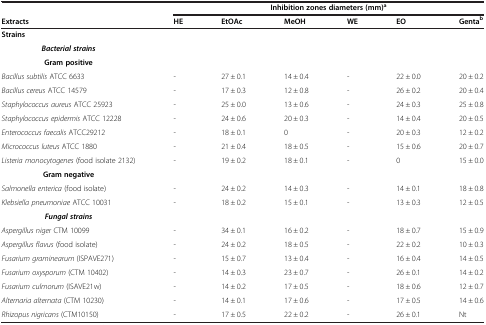
<table><thead><tr><td>[EMPTY_CELL]</td><td colspan="6"><b>Inhibition zones diameters (mm)<sup>a</sup></b></td></tr><tr><td><b>Extracts</b></td><td><b>HE</b></td><td><b>EtOAc</b></td><td><b>MeOH</b></td><td><b>WE</b></td><td><b>EO</b></td><td><b>Genta<sup>b</sup></b></td></tr></thead><tbody><tr><td colspan="7"><b>Strains</b></td></tr><tr><td><b><i>Bacterial strains</i></b></td><td colspan="6">[EMPTY_CELL]</td></tr><tr><td><b>Gram positive</b></td><td>[EMPTY_CELL]</td><td>[EMPTY_CELL]</td><td>[EMPTY_CELL]</td><td>[EMPTY_CELL]</td><td>[EMPTY_CELL]</td><td>[EMPTY_CELL]</td></tr><tr><td><i>Bacillus subtilis</i> ATCC 6633</td><td>-</td><td>27 ± 0.1</td><td>14 ± 0.4</td><td>-</td><td>22 ± 0.0</td><td>20 ± 0.2</td></tr><tr><td><i>Bacillus cereus</i> ATCC 14579</td><td>-</td><td>17 ± 0.3</td><td>12 ± 0.8</td><td>-</td><td>26 ± 0.2</td><td>20 ± 0.4</td></tr><tr><td><i>Staphylococcus aureus</i> ATCC 25923</td><td>-</td><td>25 ± 0.0</td><td>13 ± 0.6</td><td>-</td><td>24 ± 0.3</td><td>25 ± 0.8</td></tr><tr><td><i>Staphylococcus epidermis</i> ATCC 12228</td><td>-</td><td>24 ± 0.6</td><td>20 ± 0.3</td><td>-</td><td>14 ± 0.4</td><td>20 ± 0.5</td></tr><tr><td><i>Enterococcus faecalis</i> ATCC29212</td><td>-</td><td>18 ± 0.1</td><td>0</td><td>-</td><td>20 ± 0.3</td><td>12 ± 0.2</td></tr><tr><td><i>Micrococcus luteus</i> ATCC 1880</td><td>-</td><td>21 ± 0.4</td><td>18 ± 0.5</td><td>-</td><td>15 ± 0.6</td><td>20 ± 0.7</td></tr><tr><td><i>Listeria monocytogenes</i> (food isolate 2132)</td><td>-</td><td>19 ± 0.2</td><td>18 ± 0.1</td><td>-</td><td>0</td><td>15 ± 0.0</td></tr><tr><td><b>Gram negative</b></td><td>[EMPTY_CELL]</td><td>[EMPTY_CELL]</td><td>[EMPTY_CELL]</td><td>[EMPTY_CELL]</td><td>[EMPTY_CELL]</td><td>[EMPTY_CELL]</td></tr><tr><td><i>Salmonella enterica</i> (food isolate)</td><td>-</td><td>24 ± 0.2</td><td>14 ± 0.3</td><td>-</td><td>14 ± 0.1</td><td>18 ± 0.8</td></tr><tr><td><i>Klebsiella pneumoniae</i> ATCC 10031</td><td>-</td><td>18 ± 0.2</td><td>15 ± 0.1</td><td>-</td><td>13 ± 0.3</td><td>12 ± 0.5</td></tr><tr><td><b><i>Fungal strains</i></b></td><td>[EMPTY_CELL]</td><td>[EMPTY_CELL]</td><td>[EMPTY_CELL]</td><td>[EMPTY_CELL]</td><td>[EMPTY_CELL]</td><td>[EMPTY_CELL]</td></tr><tr><td><i>Aspergillus niger</i> CTM 10099</td><td>-</td><td>34 ± 0.1</td><td>16 ± 0.2</td><td>-</td><td>18 ± 0.7</td><td>15 ± 0.9</td></tr><tr><td><i>Aspergillus flavus</i> (food isolate)</td><td>-</td><td>24 ± 0.2</td><td>18 ± 0.5</td><td>-</td><td>22 ± 0.2</td><td>10 ± 0.3</td></tr><tr><td><i>Fusarium graminearum</i> (ISPAVE271)</td><td>-</td><td>15 ± 0.7</td><td>13 ± 0.4</td><td>-</td><td>16 ± 0.4</td><td>14 ± 0.5</td></tr><tr><td><i>Fusarium oxysporum</i> (CTM 10402)</td><td>-</td><td>14 ± 0.3</td><td>23 ± 0.7</td><td>-</td><td>26 ± 0.1</td><td>14 ± 0.2</td></tr><tr><td><i>Fusarium culmorum</i> (ISAVE21w)</td><td>-</td><td>14 ± 0.2</td><td>17 ± 0.5</td><td>-</td><td>18 ± 0.6</td><td>12 ± 0.7</td></tr><tr><td><i>Alternaria alternata</i> (CTM 10230)</td><td>-</td><td>14 ± 0.1</td><td>17 ± 0.6</td><td>-</td><td>17 ± 0.5</td><td>14 ± 0.6</td></tr><tr><td><i>Rhizopus nigricans</i> (CTM10150)</td><td>-</td><td>17 ± 0.5</td><td>22 ± 0.2</td><td>-</td><td>26 ± 0.1</td><td>Nt</td></tr></tbody></table>